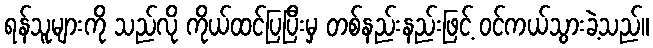
ရန်သူများကို သည်လို ကိုယ်ထင်ပြပြီးမှ တစ်နည်းနည်းဖြင့် ဝင်ကယ်သွားခဲ့သည်။